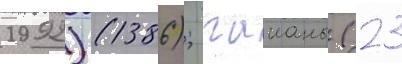
1992) (1386); гаианы (23